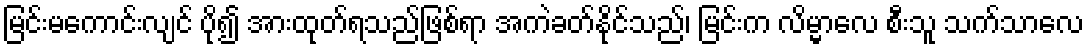
မြင်းမကောင်းလျင် ပို၍ အားထုတ်ရသည်ဖြစ်ရာ အကဲခတ်နိုင်သည်၊ မြင်းက လိမ္မာလေ စီးသူ သက်သာလေ